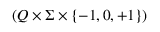
\left( Q \times \Sigma \times \{ - 1 , 0 , + 1 \} \right)